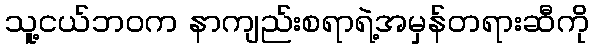
သူ့ငယ်ဘဝက နာကျည်းစရာရဲ့အမှန်တရားဆီကို